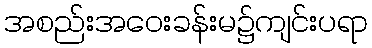
အစည်းအဝေးခန်းမ၌ကျင်းပရာ